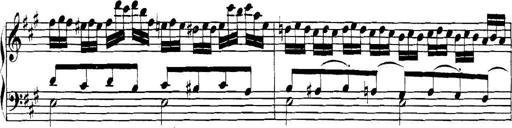
Title: Collected Piano Sonatas
Composer: Muzio Clementi